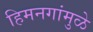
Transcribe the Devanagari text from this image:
हिमनगांमुळे